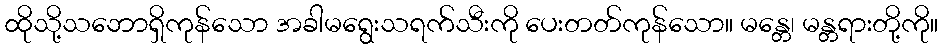
ထိုသို့သဘောရှိကုန်သော အခါမရွေးသရက်သီးကို ပေးတတ်ကုန်သော။ မန္တေ၊ မန္တရားတို့ကို။